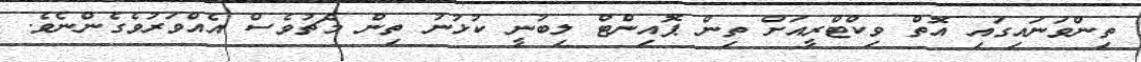
ތިންވަނައިގައި އޮތް ވިކްޓްރީއަށް ތިން ޕޮއިންޓް ލިބުނީ ކުޅުނު ތިން މެޗުވެސް އެއްވަރުވެގެންނެވެ.